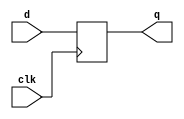
// D Flip flop
module DFF(clk,d,q);
  input clk;
  input d;
  output q;
  
  reg q;
  
  always@(posedge clk)
    begin
      q <= d;
    end
endmodule

module halfadder (x, y, cin, A, cout);
   
 input x;
 input y;
 input cin;
 output A; 
 output cout;
  
 assign   	A = x ^ y;
 assign		cout = x * y;
  
endmodule

module fulladder (x, y, cin, A, cout);
 input x;
 input y;
 input cin;
 output A; 
 output cout;
  
   assign  	A = x ^ y ^ cin;
   assign   cout = x*cin + y*cin + x*y;
  
endmodule

// Adder 2 bit
module adder_2bit (clk, a, b, sum, cout);
input clk;
input [1:0] a, b;
output [1:0] sum;
output cout;
  
  wire cin = 1'b0;
  wire a0, a1, b0, b1;
  wire sum0, sum1;
  wire cout0;
  
  DFF f1 (.clk(clk),.d(a[0]),.q(a0));
  DFF f2 (.clk(clk),.d(a[1]),.q(a1));
  DFF f3 (.clk(clk),.d(b[0]),.q(b0));
  DFF f4 (.clk(clk),.d(b[1]),.q(b1));
  
  halfadder HA (.x(a0), .y(b0), .cin(cin), .A(sum0), .cout(cout0));
  
  fulladder FA (.x(a1), .y(b1), .cin(cout0), .A(sum1), .cout(cout1));
  
  DFF f5 (.clk(clk),.d(sum0),.q(sum[0]));
  DFF f6 (.clk(clk),.d(sum1),.q(sum[1]));
  DFF f7 (.clk(clk),.d(cout1),.q(cout));
  
 endmodule